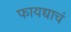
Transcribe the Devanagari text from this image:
फायद्याचं